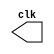
// ------------------------- 
// Exemplo0042  CLOCK
// Nome: Andr Henriques Fernandes
// ------------------------- 

// --------------------------- 
// -- test clock generator (2) 
// --------------------------- 
 
module clock ( clk ); 
 output clk; 
 reg      clk; 
 
 initial 
  begin 
   clk = 1'b0; 
  end 
 
 always 
  begin 
   #12 clk = ~clk; 
  end 
endmodule 
 
module pulse ( signal, clock ); 
 input  clock; 
 output signal; 
 reg      signal; 
 
 always @ ( clock ) 
  begin 
        signal = 1'b1; 
  #3  signal = 1'b0; 
  #3  signal = 1'b1; 
  #3  signal = 1'b0; 
  end 
endmodule // pulse 
 
module trigger ( signal, on, clock ); 
 input  on, clock; 
 output signal; 
 reg      signal; 
 
 always @ ( posedge clock & on ) 
  begin 
  #60 signal = 1'b1; 
  #60 signal = 1'b0; 
  end 
endmodule // trigger 
 module Exemplo0042; 
 
 wire   clock; 
 clock clk ( clock ); 
 
 reg   p; 
 
 wire  p1,t1; 
 
 pulse   pulse1   ( p1, clock ); 
 trigger trigger1 ( t1, p, clock ); 
 
 initial begin 
   p = 1'b0; 
 end 
 
 initial begin 
  $dumpfile ( "D:\Meus Documentos\Desktop\Guias\Guia 06\Exemplo0042.vcd" ); 
  $dumpvars ( 1, clock, p1, p, t1 ); 
 
  #060 p = 1'b1; 
  #120 p = 1'b0; 
  #180 p = 1'b1; 
  #240 p = 1'b0; 
  #300 p = 1'b1; 
  #360 p = 1'b0; 
  #376 $finish; 
 end 
 
endmodule // Exemplo0042